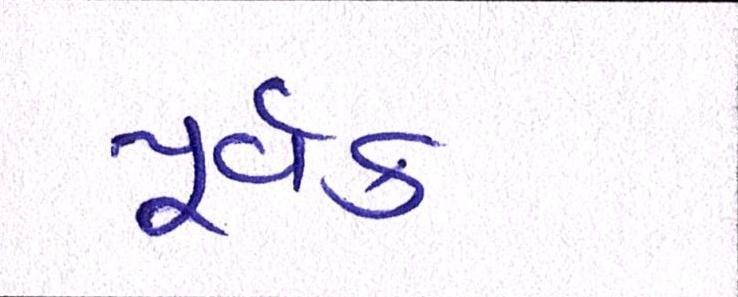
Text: પૂર્વક